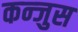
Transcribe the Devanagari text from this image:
कन्जुस